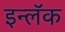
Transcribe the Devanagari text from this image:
इन्लॅक